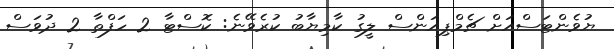
ޔުވެންޓަސްއަށް ޗެމްޕިއަންސް ލީގު ކާމިޔާބު ކުރެވޭނެ: ކޮސްޓާ 2 ހަފްތާ 2 ދުވަސް